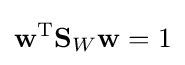
\mathbf {w} ^{\text{T}}\mathbf {S} _{W}\mathbf {w} =1